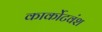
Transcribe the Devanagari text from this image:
कार्कोटवंश